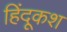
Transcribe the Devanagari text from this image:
हिंदूकश